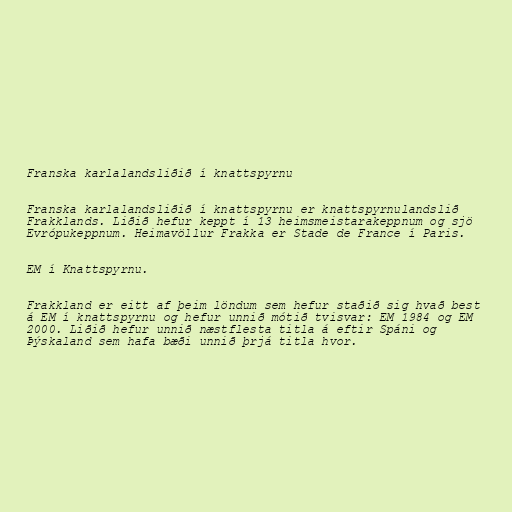
Franska karlalandsliðið í knattspyrnu

Franska karlalandsliðið í knattspyrnu er knattspyrnulandslið
Frakklands. Liðið hefur keppt í 13 heimsmeistarakeppnum og sjö
Evrópukeppnum. Heimavöllur Frakka er Stade de France í Paris.

EM í Knattspyrnu.

Frakkland er eitt af þeim löndum sem hefur staðið sig hvað best
á EM í knattspyrnu og hefur unnið mótið tvisvar: EM 1984 og EM
2000. Liðið hefur unnið næstflesta titla á eftir Spáni og
Þýskaland sem hafa bæði unnið þrjá titla hvor.